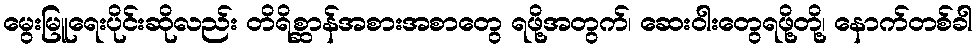
မွေးမြူရေးပိုင်းဆိုလည်း တိရိစ္ဆာန်အစားအစာတွေ ရဖို့အတွက်၊ ဆေးဝါးတွေရဖို့တို့၊ နောက်တစ်ခါ